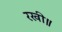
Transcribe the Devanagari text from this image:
रखी॥